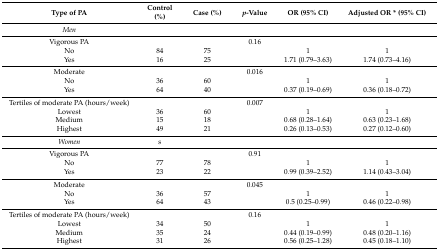
| Type of PA | Control (%) | Case (%) | p-Value | OR (95% CI) | Adjusted OR * (95% CI) |
 | --- | --- | --- | --- | --- | --- |
 | Men |  |  |  |  |  |
 | Vigorous PA |  |  | 0.16 |  |  |
 | No | 84 | 75 |  | 1 | 1 |
 | Yes | 16 | 25 |  | 1.71 (0.79–3.63) | 1.74 (0.73–4.16) |
 | Moderate |  |  | 0.016 |  |  |
 | No | 36 | 60 |  | 1 | 1 |
 | Yes | 64 | 40 |  | 0.37 (0.19–0.69) | 0.36 (0.18–0.72) |
 | Tertiles of moderate PA (hours/week) |  |  | 0.007 |  |  |
 | Lowest | 36 | 60 |  | 1 | 1 |
 | Medium | 15 | 18 |  | 0.68 (0.28–1.64) | 0.63 (0.23–1.68) |
 | Highest | 49 | 21 |  | 0.26 (0.13–0.53) | 0.27 (0.12–0.60) |
 | Women | s |  |  |  |  |
 | Vigorous PA |  |  | 0.91 |  |  |
 | No | 77 | 78 |  | 1 | 1 |
 | Yes | 23 | 22 |  | 0.99 (0.39–2.52) | 1.14 (0.43–3.04) |
 | Moderate |  |  | 0.045 |  |  |
 | No | 36 | 57 |  | 1 | 1 |
 | Yes | 64 | 43 |  | 0.5 (0.25–0.99) | 0.46 (0.22–0.98) |
 | Tertiles of moderate PA (hours/week) |  |  | 0.16 |  |  |
 | Lowest | 34 | 50 |  | 1 | 1 |
 | Medium | 35 | 24 |  | 0.44 (0.19–0.99) | 0.48 (0.20–1.16) |
 | Highest | 31 | 26 |  | 0.56 (0.25–1.28) | 0.45 (0.18–1.10) |